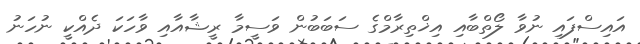
އައިސްފައި ނުވާ ލޯތްބާއި އިޚްތިރާމްގެ ސަބަބުން ވަސީމާ ރީޝާއާއި ވާހަކަ ދެއްކީ ނުހަނު